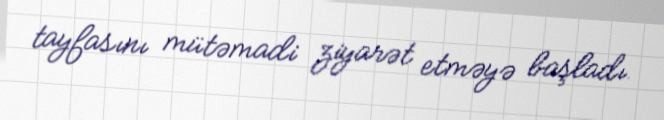
tayfasını mütəmadi ziyarət etməyə başladı.